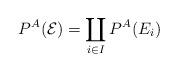
LaTeX: \begin{align*}P^{A}(\mathcal{E}) = \coprod_{i \in I} P^{A}(E_{i})\end{align*}